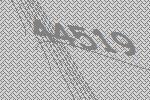
44519